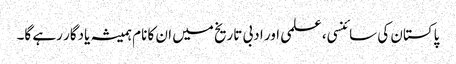
پاکستان کی سائنسی، علمی اور ادبی تاریخ میں ان کا نام ہمیشہ یادگار رہے گا۔